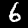
Digit: 6